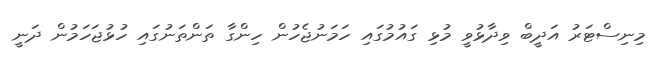
މިނިސްޓަރު އަދީބް ވިދާޅުވީ މުޅި ގައުމުގައި ހަމަނުޖެހުން ހިންގާ ތަންތަނުގައި ހުޅުޖަހަމުން ދަނީ